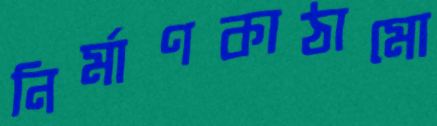
নির্মাণকাঠামো